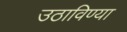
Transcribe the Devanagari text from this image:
उठाविण्या